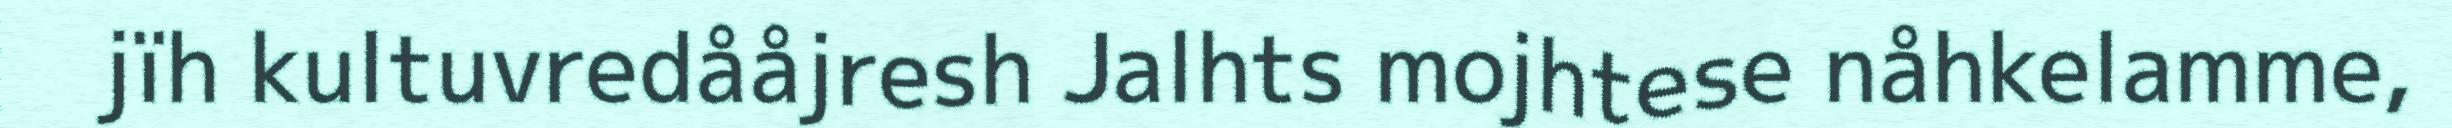
jïh kultuvredååjresh Jalhts mojhtese nåhkelamme,